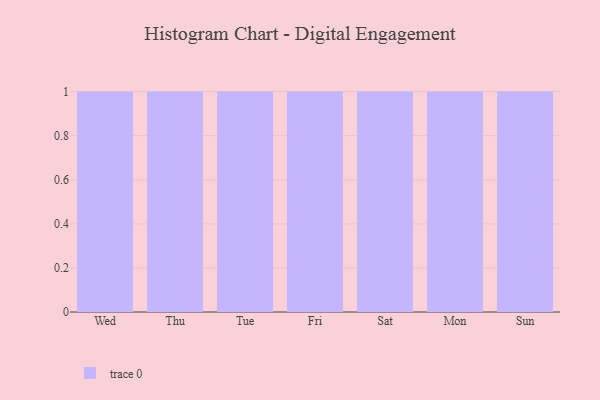
{"axis": {"x": "Day", "y": "Net Income (USD K)"}, "legend": [""], "data": [{"x": "Wed", "y": 48, "type": ""}, {"x": "Thu", "y": 93, "type": ""}, {"x": "Tue", "y": 48, "type": ""}, {"x": "Fri", "y": 54, "type": ""}, {"x": "Sat", "y": 51, "type": ""}, {"x": "Mon", "y": 16, "type": ""}, {"x": "Sun", "y": 32, "type": ""}]}